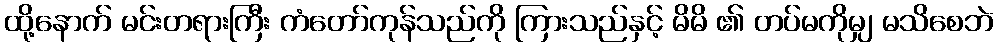
ထို့နောက် မင်းတရားကြီး ကံတော်ကုန်သည်ကို ကြားသည်နှင့် မိမိ ၏ တပ်မကိုမျှ မသိစေဘဲ